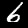
Digit: 6